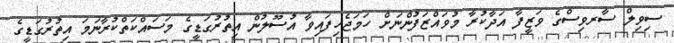
ސިވިލް ސާރވިސްގެ ވަޒީފާ އަދާކުރާ މުވައްޒަފުންނަށް ހަމަޖެހިފައިވާ އުސޫލުން އިތުރުގަޑީގެ މަސައްކަތްކުރާނަމަ އިތުރުގަޑީގެ